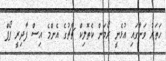
ހަތަރު ވަނާގައި އުޅެނީ ރޯމަން ކެތޮލިކް ޗާޗުގެ އެންމެ އިސް ފާދިރީ ޕޯޕް